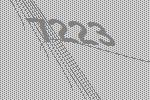
7223